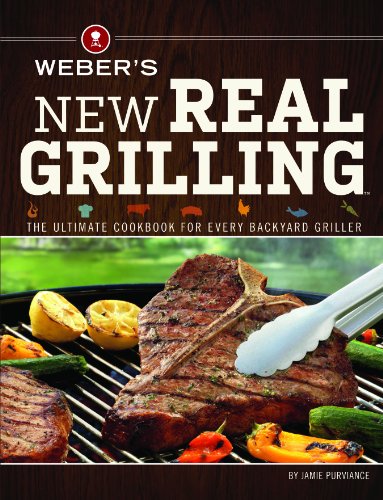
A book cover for Weber's New Real Grilling: The ultimate cookbook for every backyard griller; Jamie Purviance; Cookbooks, Food & Wine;